Vaccination report Assam 1896-1927 - 1896-1927
Year: 1896
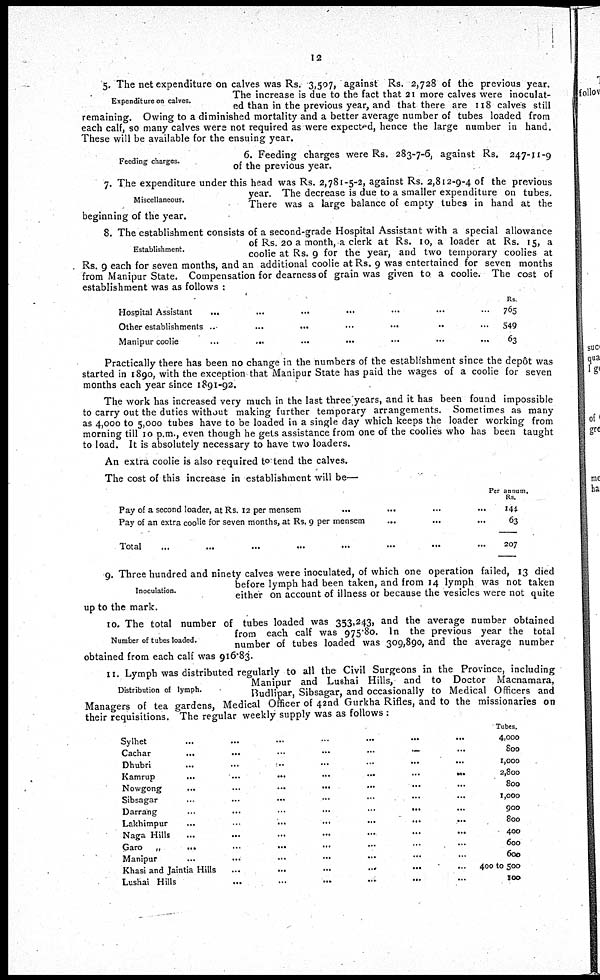
12
Expenditure on calves.
5. The net expenditure on calves was Rs. 3,507, against Rs. 2,728 of the previous year.
The increase is due to the fact that 21 more calves were inoculat-
ed than in the previous year, and that there are 118 calves still
remaining. Owing to a diminished mortality and a better average number of tubes loaded from
each calf, so many calves were not required as were expected, hence the large number in hand.
These will be available for the ensuing year.
Feeding charges.
6. Feeding charges were Rs. 283-7-6, against Rs. 247-11-9
of the previous year.
Miscellaneous.
7. The expenditure under this head was Rs. 2,781-5-2, against Rs. 2,812-9-4 of the previous
year. The decrease is due to a smaller expenditure on tubes.
There was a large balance of empty tubes in hand at the
beginning of the year.
Establishment.
8. The establishment consists of a second-grade Hospital Assistant with a special allowance
of Rs. 20 a month, a clerk at Rs. 10, a loader at Rs. 15, a
coolie at Rs. 9 for the year, and two temporary coolies at
Rs. 9 each for seven months, and an additional coolie at Rs. 9 was entertained for seven months
from Manipur State. Compensation for dearness of grain was given to a coolie. The cost of
establishment was as follows :
Hospital
Assistant...
...
...
...
...
...
...
Other
establishments...
...
...
...
...
Manipur
coolie...
...
Rs
765
549
63
Practically there has been no change in the numbers of the establishment since the depôt was
started in 1890, with the exception that Manipur State has paid the wages of a coolie for seven
months each year since 1891-92.
The work has increased very much in the last three years, and it has been found impossible
to carry out the duties without making further temporary arrangements. Sometimes as many
as 4,000 to 5,000 tubes have to be loaded in a single day which keeps the loader working from
morning till 10 p.m., even though he gets assistance from one of the coolies who has been taught
to load. It is absolutely necessary to have two loaders.
An extra coolie is also required to tend the calves.
The cost of this increase in establishment will be—
Pay of a second loader, at Rs. 12 per mensem... ...
Pay of an extra coolie for seven months, at Rs. 9 per mensem...
Total...
Per annum-
Rs.
144
63
207
Inoculation.
9. Three hundred and ninety calves were inoculated, of which one operation failed, 13 died
before lymph had been taken, and from 14 lymph was not taken
either on account of illness or because the vesicles were not quite
up to the mark.
Number of tubes loaded.
10. The total number of tubes loaded was 353,243, and the average number obtained
from each calf was 975.80. In the previous year the total
number of tubes loaded was 309,890, and the average number
obtained from each calf was 916.83.
Distribution of lymph.
11. Lymph was distributed regularly to all the Civil Surgeons in the Province, including
Manipur and Lushai Hills, and to Doctor Macnamara,
Budlipar, Sibsagar, and occasionally to Medical Officers and
Managers of tea gardens, Medical Officer of 42nd Gurkha Rifles, and to the missionaries on
their requisitions. The regular weekly supply was as follows :
Sylhet
Cachar... ... ... ... ... ...
Dhubri... ... ...
Kamrup...
...
...
...
...
...
...
Nowgong...
...
...
...
...
...
Sibsagar... ... ... ...
Darrang...
...
...
...
...
...
Lakhimpur... ... ... ... ...
Naga Hills... ... ... ...
Garo „
...
...
...
...
...
...
Manipur...
...
...
...
...
...
Khasi and Jaintia Hills
...
Lushai Hills... ... ...
Tubes.
4,000
800
1,000
2,800
800
1,000
900
800
400
600
600
400 to 500
100